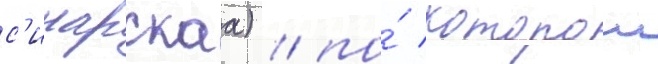
с'инарскаа) / по́ которои